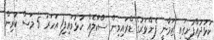
ކުޅުދުއްފުށީގައި ޒަމާނީ ފެންވަރުގެ ޑްރައިވިން ސްކޫލެއް ހުޅުވައިފި1 އަހަރު 5 މަސް ކުރިން.